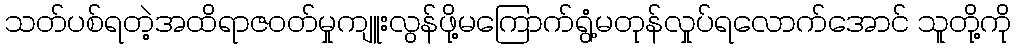
သတ်ပစ်ရတဲ့အထိရာဇဝတ်မှုကျူးလွန်ဖို့မကြောက်ရွံ့မတုန်လှုပ်ရလောက်အောင် သူတို့ကို